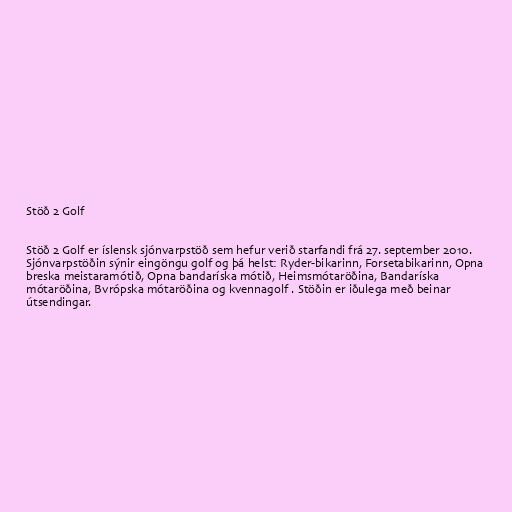
Stöð 2 Golf

Stöð 2 Golf er íslensk sjónvarpstöð sem hefur verið starfandi frá 27. september 2010.
Sjónvarpstöðin sýnir eingöngu golf og þá helst: Ryder-bikarinn, Forsetabikarinn, Opna
breska meistaramótið, Opna bandaríska mótið, Heimsmótaröðina, Bandaríska
mótaröðina, Bvrópska mótaröðina og kvennagolf . Stöðin er iðulega með beinar
útsendingar.